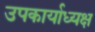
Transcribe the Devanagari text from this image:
उपकार्याध्यक्ष